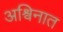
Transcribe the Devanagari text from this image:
अश्विनात